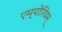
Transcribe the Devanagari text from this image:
एम्पोरियम्